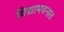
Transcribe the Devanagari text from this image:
विद्याभवनात